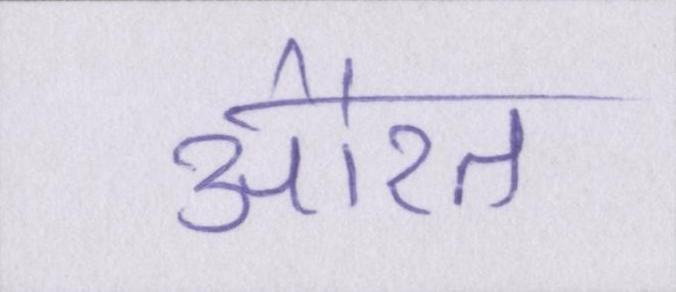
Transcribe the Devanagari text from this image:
औरत